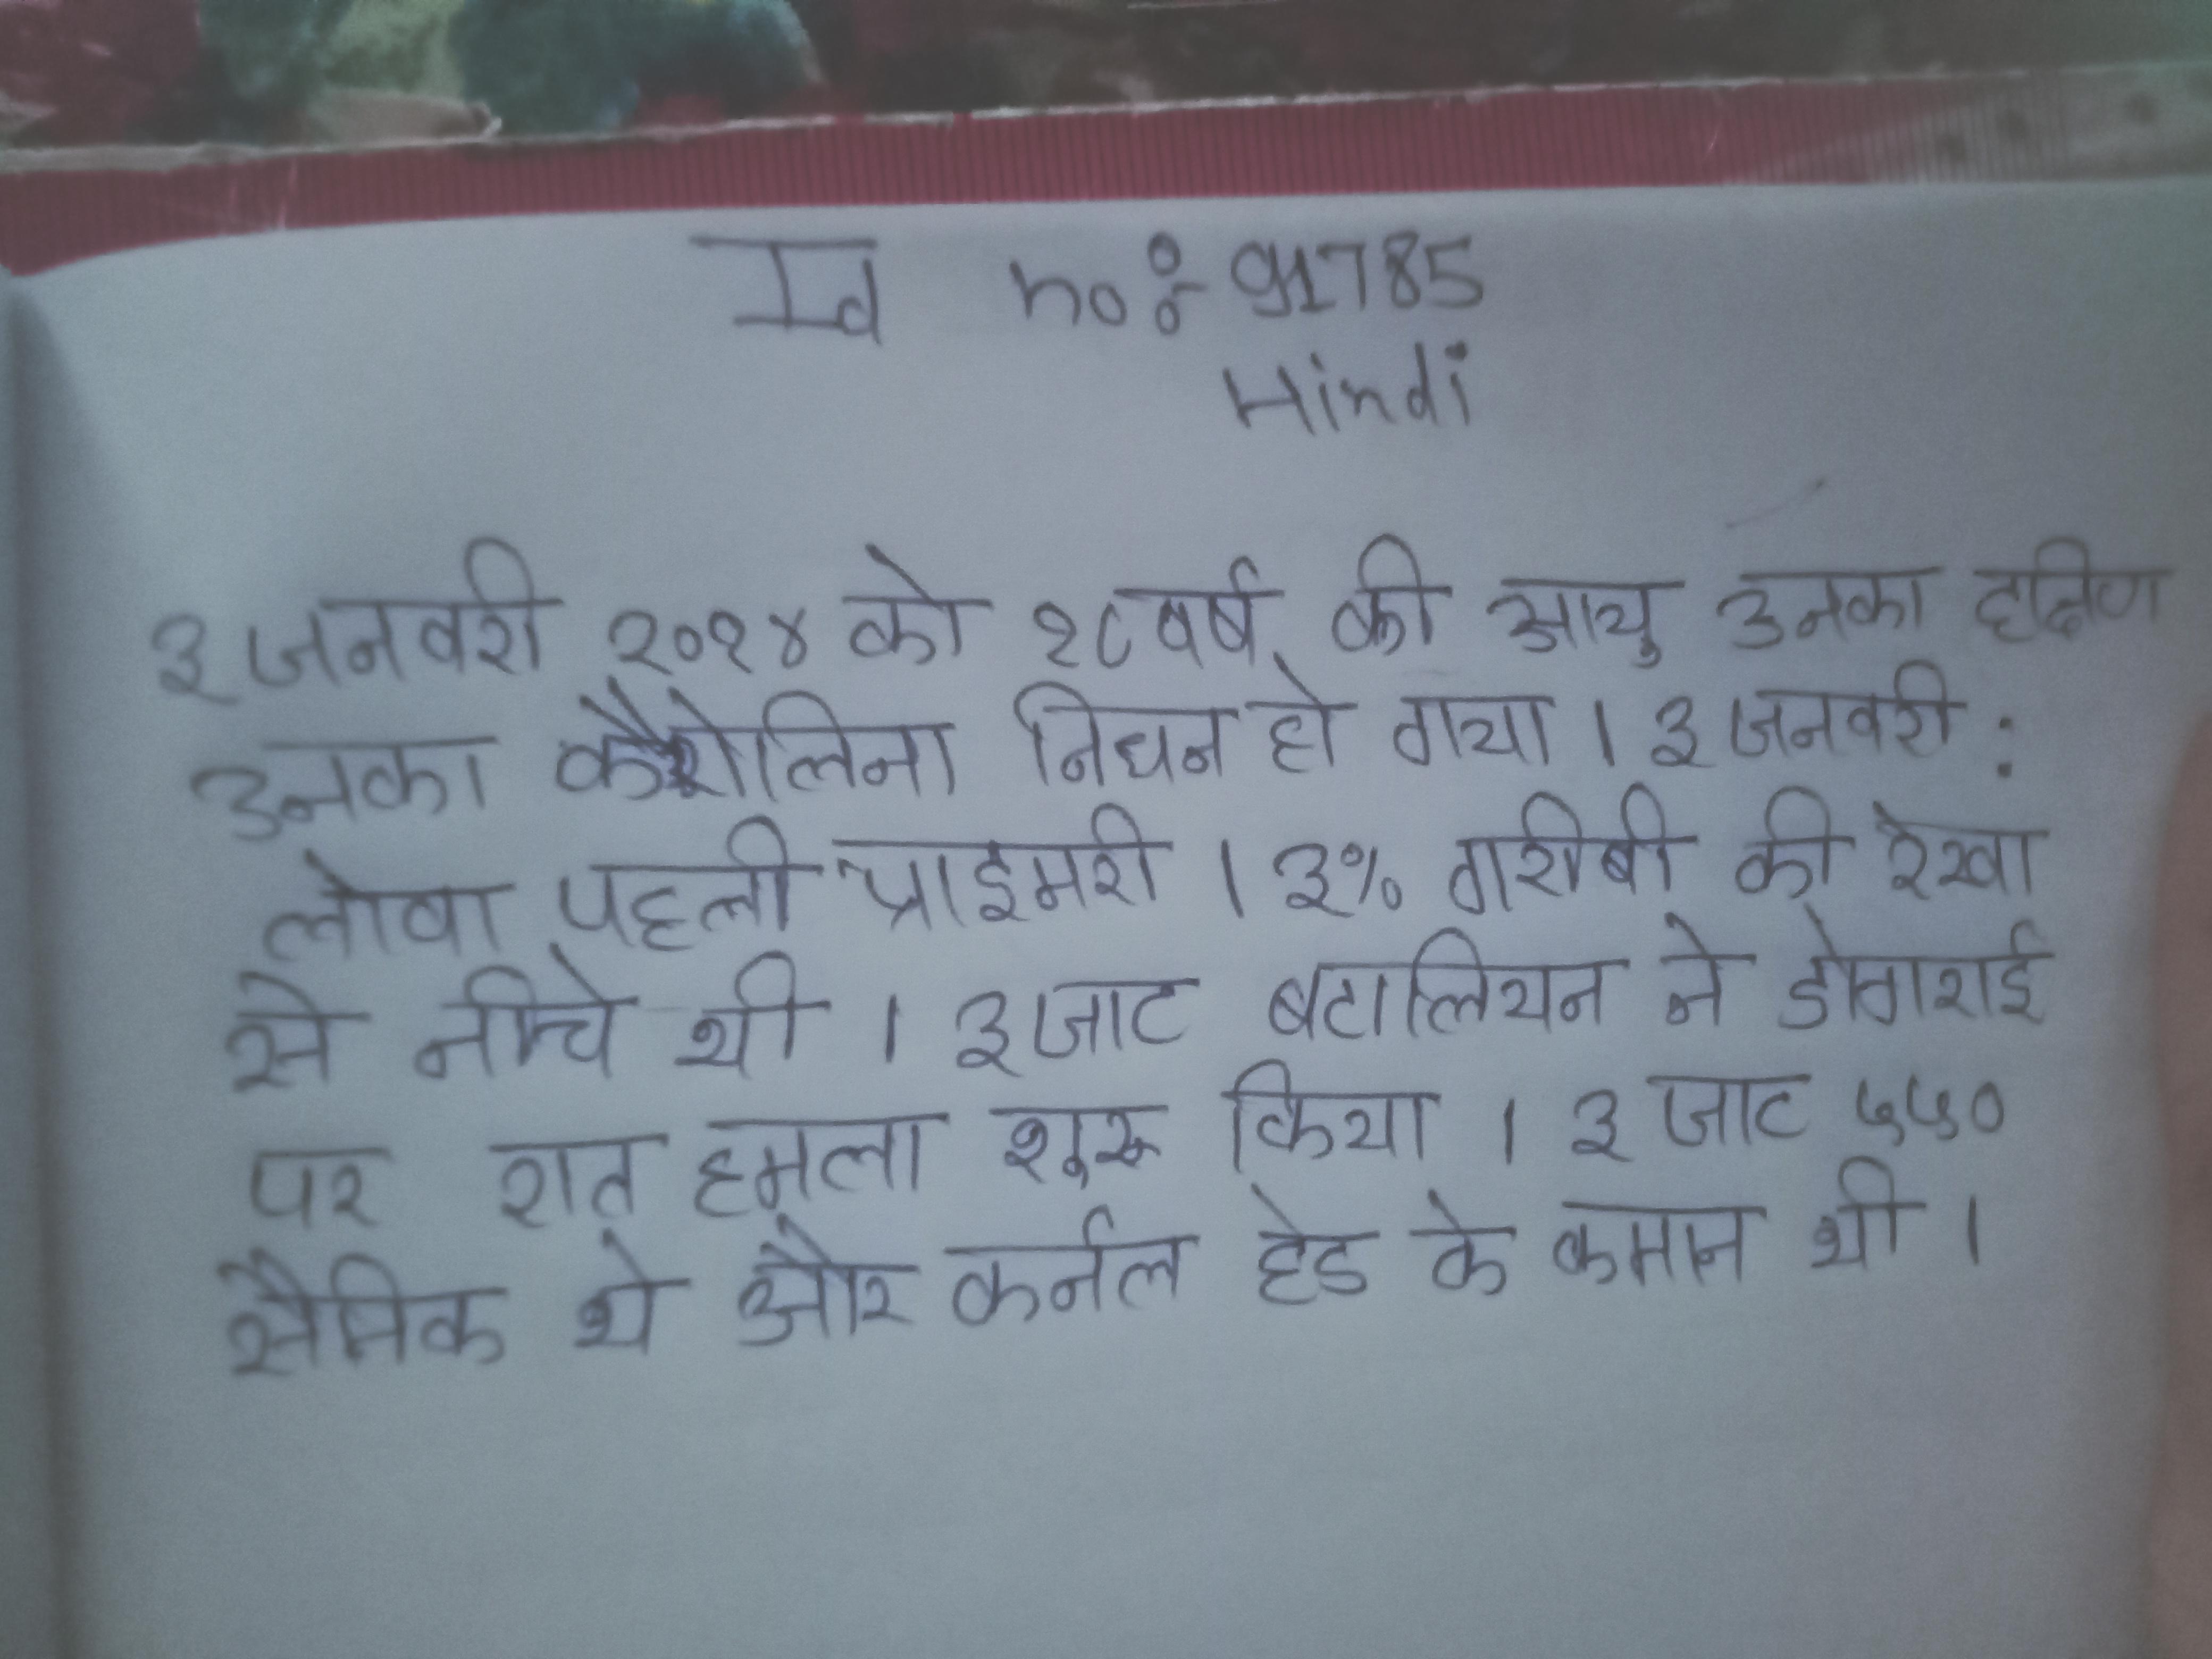
३ जनवरी २०१४ को ९८ वर्ष की आयु उनका दक्षिण कैरोलिना निधन हो गया । ३ जनवरी: लोवा पहली प्राइमरी । ३% गरीबी की रेखा से नीचे थी । ३ जाट बटालियन ने डोगराई पर रात हमला शुरू किया । ३ जाट ५५० सैनिक थे और कर्नल हेड के कमान थी ।